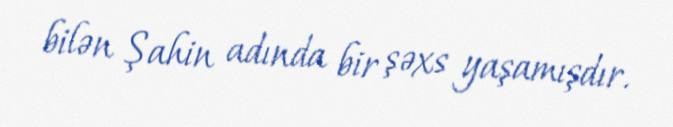
bilən Şahin adında bir şəxs yaşamışdır.